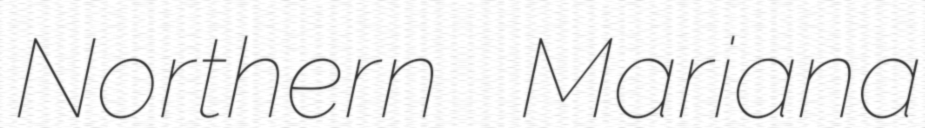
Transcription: Northern Mariana